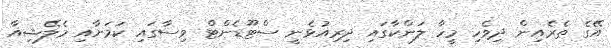
އޭގެ ތެރެއިން ދިވެހި މީހާ ލަންކާގައި ދިރިއުޅެނީ ސްޓޫޑެންޓް ވިސާގައި ކަމަށާއި މެލޭޝިއާ